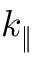
k _ { \| }